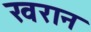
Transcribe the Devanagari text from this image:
खरान